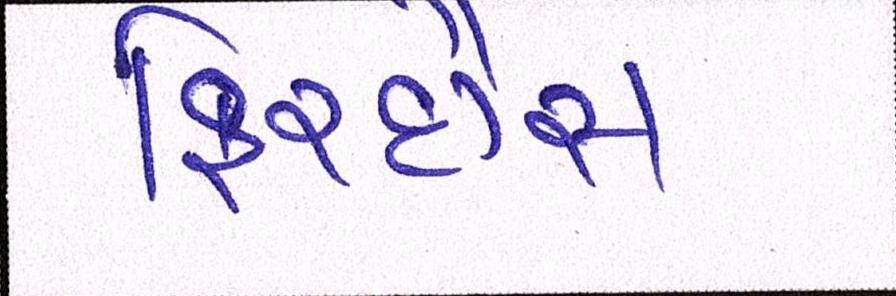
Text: ફિરદૌસ